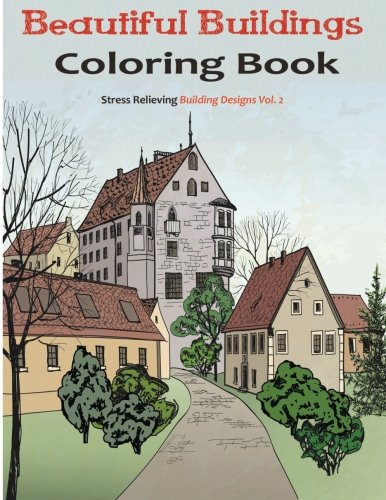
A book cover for Beautiful Buildings: An Adult Coloring Book Featuring Stress Relieving Structure designs; Adult Coloring Books; Arts & Photography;